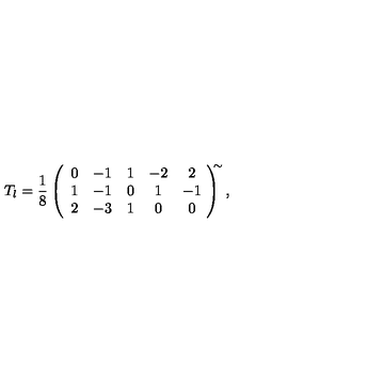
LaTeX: T _ { l } = \frac { 1 } { 8 } \left( \begin{array} { c c c c c } { 0 } & { - 1 } & { 1 } & { - 2 } & { 2 } \\ { 1 } & { - 1 } & { 0 } & { 1 } & { - 1 } \\ { 2 } & { - 3 } & { 1 } & { 0 } & { 0 } \\ \end{array} \! \right) ^ { \! \! \! \sim } ,